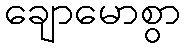
ချောမောစွာ